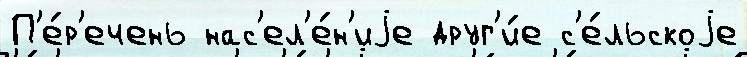
П'е́р'ечень нас'ел'е́н'иjе друг'и́е с'е́льскоjе